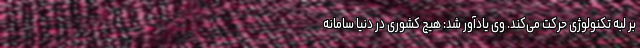
بر لبه تکنولوژی حرکت می‌کند. وی یادآور شد: هیچ کشوری در دنیا سامانه